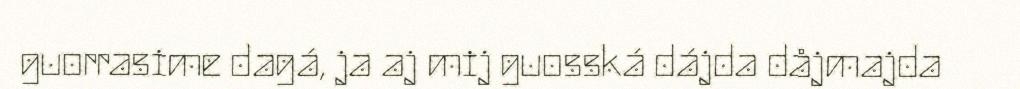
guorrasime dagá, ja aj mij guosská dájda dåjmajda